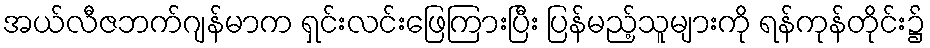
အယ်လီဇဘက်ဂျန်မာက ရှင်းလင်းဖြေကြားပြီး ပြန်မည့်သူများကို ရန်ကုန်တိုင်း၌